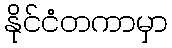
နိုင်ငံတကာမှာ